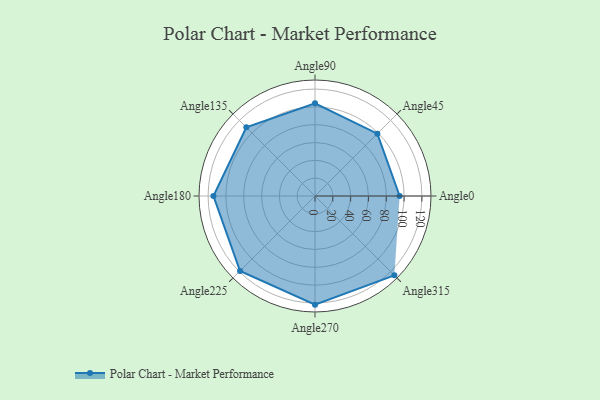
{"axis": {"x": "Angle", "y": "Radius"}, "legend": [""], "data": [{"x": "Angle0", "y": 95.0, "type": ""}, {"x": "Angle45", "y": 99.0, "type": ""}, {"x": "Angle90", "y": 104.0, "type": ""}, {"x": "Angle135", "y": 109.0, "type": ""}, {"x": "Angle180", "y": 114.0, "type": ""}, {"x": "Angle225", "y": 119.0, "type": ""}, {"x": "Angle270", "y": 122.0, "type": ""}, {"x": "Angle315", "y": 126.0, "type": ""}]}